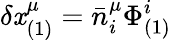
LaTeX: \delta\mathit{x}_{(1)}^{\mu}=\bar{{n}}_{i}^{\mu}\Phi_{(1)}^{i}